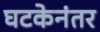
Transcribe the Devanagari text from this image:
घटकेनंतर